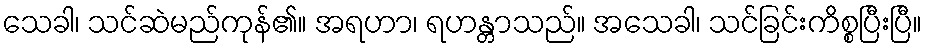
သေခါ၊ သင်ဆဲမည်ကုန်၏။ အရဟာ၊ ရဟန္တာသည်။ အသေခါ၊ သင်ခြင်းကိစ္စပြီးပြီ။